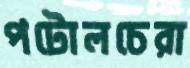
পটোলচেরা